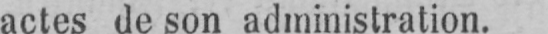
actes de son administration.